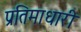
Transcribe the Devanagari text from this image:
प्रतिमाधारी